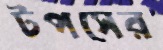
টপসের